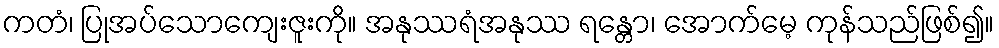
ကတံ၊ ပြုအပ်သောကျေးဇူးကို။ အနုဿရံအနုဿ ရန္တော၊ အောက်မေ့ ကုန်သည်ဖြစ်၍။